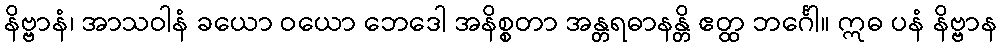
နိဗ္ဗာနံ၊ အာသဝါနံ ခယော ဝယော ဘေဒေါ အနိစ္စတာ အန္တရဓာနန္တိ ဧတ္ထ ဘင်္ဂေါ။ ဣဓ ပနံ နိဗ္ဗာန